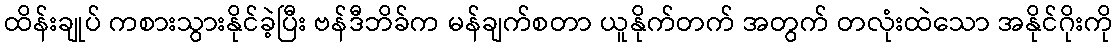
ထိန်းချုပ် ကစားသွားနိုင်ခဲ့ပြီး ဗန်ဒီဘိခ်က မန်ချက်စတာ ယူနိုက်တက် အတွက် တလုံးထဲသော အနိုင်ဂိုးကို